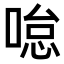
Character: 𠷂